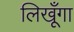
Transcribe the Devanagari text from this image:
लिखूँगा